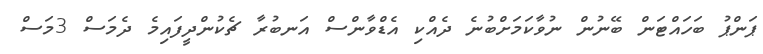
ޕަންޕު ބަހައްޓަން ބޭނުން ނުވާކަމަށްބުނެ ދެއްކި އެޑްވާންސް އަނބުރާ ޗެކުންދީފައިމެ ދެމަސް 3މަސް